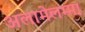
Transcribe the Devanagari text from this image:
अलामेलम्मा